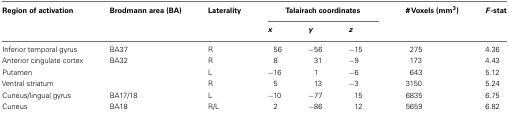
<table><thead><tr><td><b>Region of activation</b></td><td><b>Brodmann area (BA)</b></td><td><b>Laterality</b></td><td colspan="3"><b>Talairach coordinates</b></td><td><b># Voxels (mm<sup>3</sup>)</b></td><td><b><i>F</i>-stat</b></td></tr><tr><td></td><td></td><td></td><td><b><i>x</i></b></td><td><b><i>y</i></b></td><td><b><i>z</i></b></td><td></td></tr></thead><tbody><tr><td>Inferior temporal gyrus</td><td>BA37</td><td>R</td><td>56</td><td>−56</td><td>−15</td><td>275</td><td>4.36</td></tr><tr><td>Anterior cingulate cortex</td><td>BA32</td><td>R</td><td>8</td><td>31</td><td>−9</td><td>173</td><td>4.43</td></tr><tr><td>Putamen</td><td></td><td>L</td><td>−16</td><td>1</td><td>−6</td><td>643</td><td>5.12</td></tr><tr><td>Ventral striatum</td><td></td><td>R</td><td>5</td><td>13</td><td>−3</td><td>3150</td><td>5.24</td></tr><tr><td>Cuneus/lingual gyrus</td><td>BA17/18</td><td>L</td><td>−10</td><td>−77</td><td>15</td><td>6835</td><td>6.75</td></tr><tr><td>Cuneus</td><td>BA18</td><td>R/L</td><td>2</td><td>−86</td><td>12</td><td>5659</td><td>6.82</td></tr></tbody></table>